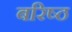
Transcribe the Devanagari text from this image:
बरिष्ठ